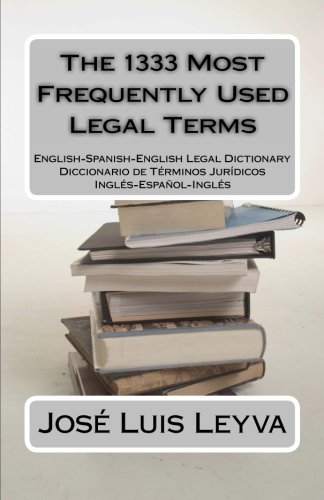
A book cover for The 1333 Most Frequently Used Legal Terms: English-Spanish-English Legal Dictionary; JosÃ© Luis Leyva; Law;